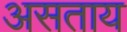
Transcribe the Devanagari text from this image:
असताय